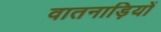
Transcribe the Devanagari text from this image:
वातनाड़ियों